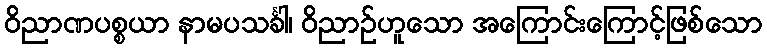
ဝိညာဏပစ္စယာ နာမပသင်္ခါ၊ ဝိညာဉ်ဟူသော အကြောင်းကြောင့်ဖြစ်သော